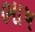
ભાષ